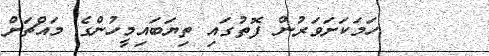
ހަމަކަށަވަރުން ފޮތުގައި ތިޔަބައިމީހުންގެ މައްޗަށް